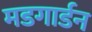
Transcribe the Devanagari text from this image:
मडगार्डन